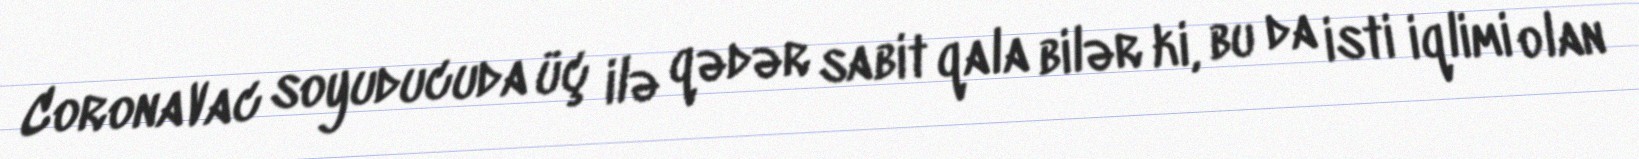
CoronaVac soyuducuda üç ilə qədər sabit qala bilər ki, bu da isti iqlimi olan